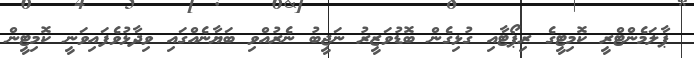
ޕާލަމެންޓްރީ ކޮމިޓީގެ ރިޕޯޓާއި ގުޅިގެން ބޮޑުވަޒީރު ނަޖީބު ނެރުއްވި ބަޔާނެއްގައި ވިދާޅުވެފައިވަނީ ކޮމިޓީން